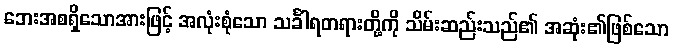
ဘေးအစရှိသောအားဖြင့် အလုံးစုံသော သင်္ခါရတရားတို့ကို သိမ်းဆည်းသည်၏ အဆုံး၏ဖြစ်သော